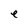
Character: e